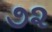
૭૨